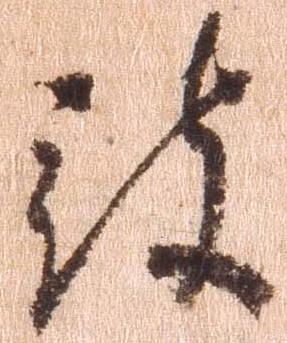
被